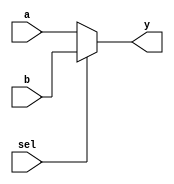
module mux2to1 (
    input wire a,       // Input signal a
    input wire b,       // Input signal b
    input wire sel,     // Select signal
    output reg y        // Output signal
);

// Combinational logic using an always block with @(*)
always @(*) begin
    if (sel) begin
        y = b;         // If sel is high, output b
    end else begin
        y = a;         // If sel is low, output a
    end
end

endmodule